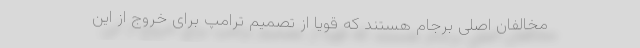
مخالفان اصلی برجام هستند که قویا از تصمیم ترامپ برای خروج از این